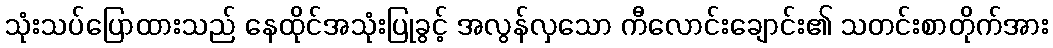
သုံးသပ်ပြောထားသည် နေထိုင်အသုံးပြုခွင့် အလွန်လှသော ကီလောင်းချောင်း၏ သတင်းစာတိုက်အား